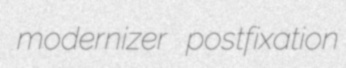
modernizer postfixation